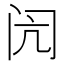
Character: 闶